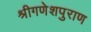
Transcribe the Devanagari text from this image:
श्रीगणेशपुराण